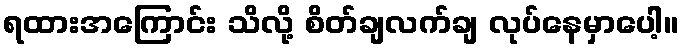
ရထားအကြောင်း သိလို့ စိတ်ချလက်ချ လုပ်နေမှာပေါ့။